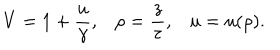
V = 1 + { \frac { u } { \gamma } } , \rho = { \frac { z } { \tau } } , u = u ( \rho ) .